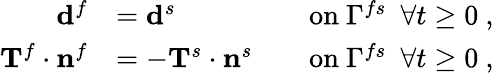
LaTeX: \begin{array}{rlrl}{\mathbf{d}^{f}}&{=\mathbf{d}^{s}}&&{\mathrm{on~}\Gamma^{fs}~~\forall t\ge 0~,}\\ {\mathbf{T}^{f}\cdot\mathbf{n}^{f}}&{=-\mathbf{T}^{s}\cdot\mathbf{n}^{s}}&&{\mathrm{on~}\Gamma^{fs}~~\forall t\ge 0~,}\end{array}